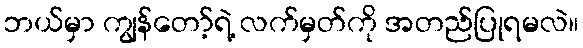
ဘယ်မှာ ကျွန်တော့်ရဲ့ လက်မှတ်ကို အတည်ပြုရမလဲ။